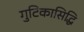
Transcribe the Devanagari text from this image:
गुटिकासिद्धि